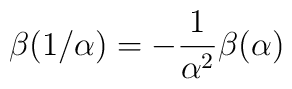
\beta(1/\alpha) = - \frac{1}{\alpha^2} \beta(\alpha)